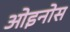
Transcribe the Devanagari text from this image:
ओइनोस